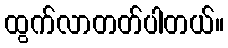
ထွက်လာတတ်ပါတယ်။